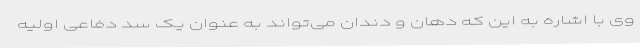
وی با اشاره به این که دهان و دندان می‌تواند به عنوان یک سد دفاعی اولیه